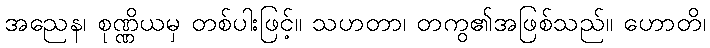
အညေန၊ စုဏ္ဏိယမှ တစ်ပါးဖြင့်။ သဟတာ၊ တကွ၏အဖြစ်သည်။ ဟောတိ၊